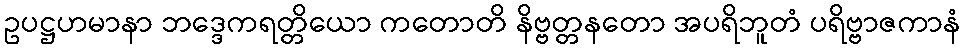
ဥပဋ္ဌဟမာနာ ဘဒ္ဒေကရတ္တိယော ကတောတိ နိဗ္ဗတ္တနတော အပရိဘူတံ ပရိဗ္ဗာဇကာနံ